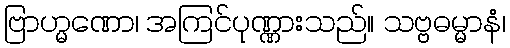
ဗြာဟ္မဏော၊ အကြင်ပုဏ္ဏားသည်။ သဗ္ဗဓမ္မာနံ၊